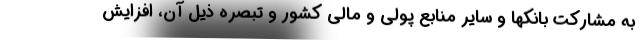
به مشارکت بانکها و سایر منابع پولی و مالی کشور و تبصره ذیل آن، افزایش